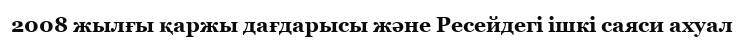
2008 жылғы қаржы дағдарысы және Ресейдегі ішкі саяси ахуал